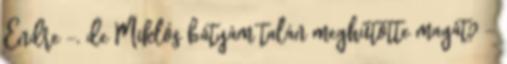
Endre -, de Miklós bátyám talán meghűtötte magát? -